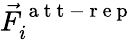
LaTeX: \vec{F}_{i}^{\mathrm{~a~t~t~-~r~e~p~}}